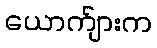
ယောက်ျားက